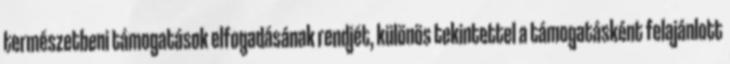
természetbeni támogatások elfogadásának rendjét, különös tekintettel a támogatásként felajánlott